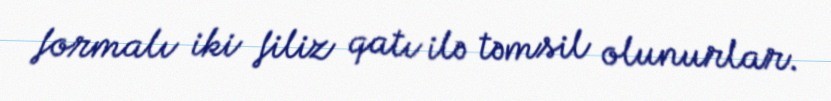
formalı iki filiz qatı ilə təmsil olunurlar.